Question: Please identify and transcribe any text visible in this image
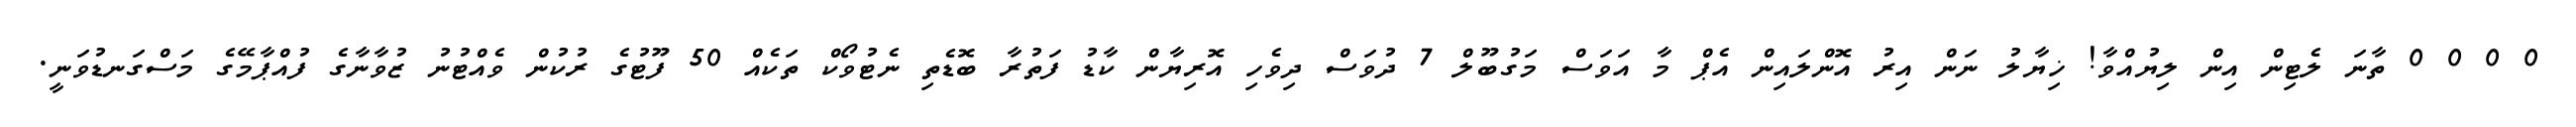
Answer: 0 0 0 0 ތާނަ ލެޓިން އިން ލިޔުއްވާ! ޚިޔާލު ނަން އިރު އޮންލައިން އެޕް މާ އަވަސް މަގުބޫލް 7 ދުވަސް ދިވެހި އޮރިޔާން ކާޑު ފަތުރާ ބޮޑެތި ނެޓުވޯކް ތަކެއް 50 ފޫޓުގެ ރުކުން ވެއްޓުނު ޒުވާނާގެ ފުއްޕާމޭގެ މަސްގަނޑުވަނީ.